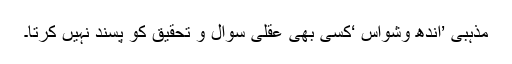
مذہبی ’اندھ وشواس ‘کسی بھی عقلی سوال و تحقیق کو پسند نہیں کرتا۔